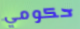
حكومي